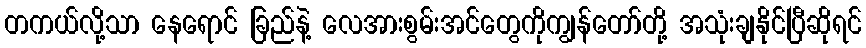
တကယ်လို့သာ နေရောင် ခြည်နဲ့ လေအားစွမ်းအင်တွေကိုကျွန်တော်တို့ အသုံးချနိုင်ပြီဆိုရင်